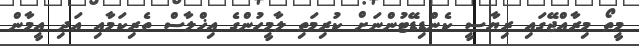
މީތޯ މިރާއްޖޭގައި ރިޔާސީ ކެންޑިޑޭޓުންނަށް ކުރިމަތި ލާމީހުންގެ އިޚްލާސް ތެރިކަމާއި އަދި އީމާން